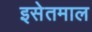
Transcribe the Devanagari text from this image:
इसेतमाल